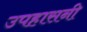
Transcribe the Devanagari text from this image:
उपहासनी